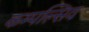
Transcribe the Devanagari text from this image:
कम्पल्सिव